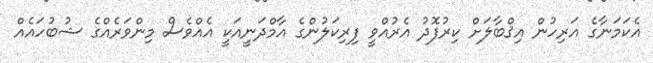
އެކަމަނާގެ އަރިހުން އިޤްބާލަށް ކިރުފޮދު އެރުއްވީ ފިރިކަލުންގެ އާމްދަނީއަކީ އެއްވެސް މިންވަރެއްގެ ޝުބުހައެއް